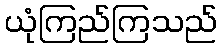
ယုံကြည်ကြသည်